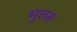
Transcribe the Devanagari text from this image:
मुतरु